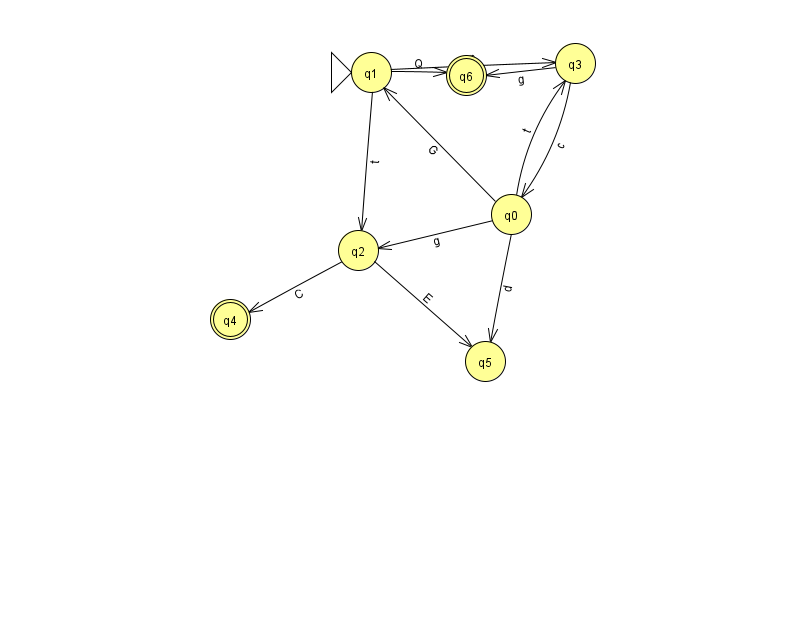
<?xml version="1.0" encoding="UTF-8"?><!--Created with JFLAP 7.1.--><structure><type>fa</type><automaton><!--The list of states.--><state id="0" name="q0"><x>511.0</x><y>201.0</y></state><state id="1" name="q1"><x>371.0</x><y>59.0</y><initial/></state><state id="2" name="q2"><x>358.0</x><y>237.0</y></state><state id="3" name="q3"><x>575.0</x><y>50.0</y></state><state id="4" name="q4"><x>230.0</x><y>306.0</y><final/></state><state id="5" name="q5"><x>485.0</x><y>348.0</y></state><state id="6" name="q6"><x>466.0</x><y>62.0</y><final/></state><!--The list of transitions.--><transition><from>1</from><to>3</to><read>p</read></transition><transition><from>0</from><to>1</to><read>G</read></transition><transition><from>0</from><to>2</to><read>g</read></transition><transition><from>0</from><to>3</to><read>t</read></transition><transition><from>3</from><to>6</to><read>g</read></transition><transition><from>1</from><to>6</to><read>Q</read></transition><transition><from>3</from><to>0</to><read>c</read></transition><transition><from>1</from><to>2</to><read>t</read></transition><transition><from>2</from><to>5</to><read>E</read></transition><transition><from>0</from><to>5</to><read>d</read></transition><transition><from>2</from><to>4</to><read>C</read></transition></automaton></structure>